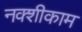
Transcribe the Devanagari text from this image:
नक्शीकाम